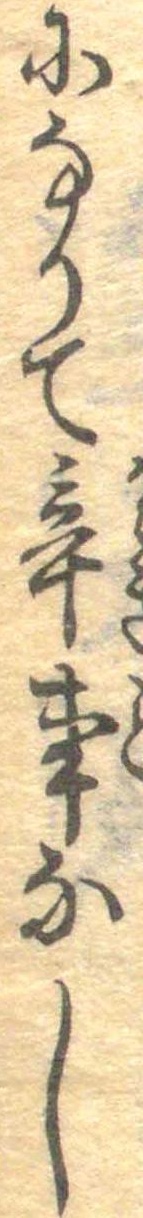
になりて辛事なし